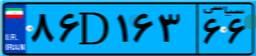
۵۶D۲۴۸۱۰